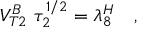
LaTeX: V _ { T 2 } ^ { B } \ \tau _ { 2 } ^ { 1 / 2 } = \lambda _ { 8 } ^ { H } \quad ,